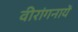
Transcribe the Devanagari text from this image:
वीरांगनायें